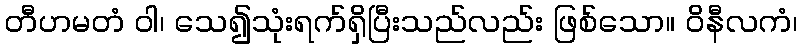
တီဟမတံ ဝါ၊ သေ၍သုံးရက်ရှိပြီးသည်လည်း ဖြစ်သော။ ဝိနီလကံ၊